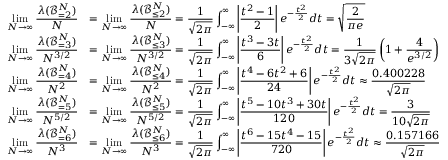
\begin{array} { r l } { \displaystyle \operatorname* { l i m } _ { N \to \infty } \frac { \boldsymbol { \lambda } ( \mathcal B _ { = 2 } ^ { N } ) } { N } } & { = \displaystyle \operatorname* { l i m } _ { N \to \infty } \frac { \boldsymbol { \lambda } ( \mathcal B _ { \le 2 } ^ { N } ) } { N } = \frac { 1 } { \sqrt { 2 \pi } } \int _ { - \infty } ^ { \infty } \left| \frac { t ^ { 2 } - 1 } { 2 } \right| e ^ { - \frac { t ^ { 2 } } { 2 } } d t = \sqrt { \frac { 2 } { \pi e } } } \\ { \displaystyle \operatorname* { l i m } _ { N \to \infty } \frac { \boldsymbol { \lambda } ( \mathcal B _ { = 3 } ^ { N } ) } { N ^ { 3 / 2 } } } & { = \displaystyle \operatorname* { l i m } _ { N \to \infty } \frac { \boldsymbol { \lambda } ( \mathcal B _ { \le 3 } ^ { N } ) } { N ^ { 3 / 2 } } = \frac { 1 } { \sqrt { 2 \pi } } \int _ { - \infty } ^ { \infty } \left| \frac { t ^ { 3 } - 3 t } { 6 } \right| e ^ { - \frac { t ^ { 2 } } { 2 } } d t = \frac { 1 } { 3 \sqrt { 2 \pi } } \left( 1 + \frac { 4 } { e ^ { 3 / 2 } } \right) } \\ { \displaystyle \operatorname* { l i m } _ { N \to \infty } \frac { \boldsymbol { \lambda } ( \mathcal B _ { = 4 } ^ { N } ) } { N ^ { 2 } } } & { = \displaystyle \operatorname* { l i m } _ { N \to \infty } \frac { \boldsymbol { \lambda } ( \mathcal B _ { \le 4 } ^ { N } ) } { N ^ { 2 } } = \frac { 1 } { \sqrt { 2 \pi } } \int _ { - \infty } ^ { \infty } \left| \frac { t ^ { 4 } - 6 t ^ { 2 } + 6 } { 2 4 } \right| e ^ { - \frac { t ^ { 2 } } { 2 } } d t \approx \frac { 0 . 4 0 0 2 2 8 } { \sqrt { 2 \pi } } } \\ { \displaystyle \operatorname* { l i m } _ { N \to \infty } \frac { \boldsymbol { \lambda } ( \mathcal B _ { = 5 } ^ { N } ) } { N ^ { 5 / 2 } } } & { = \displaystyle \operatorname* { l i m } _ { N \to \infty } \frac { \boldsymbol { \lambda } ( \mathcal B _ { \le 5 } ^ { N } ) } { N ^ { 5 / 2 } } = \frac { 1 } { \sqrt { 2 \pi } } \int _ { - \infty } ^ { \infty } \left| \frac { t ^ { 5 } - 1 0 t ^ { 3 } + 3 0 t } { 1 2 0 } \right| e ^ { - \frac { t ^ { 2 } } { 2 } } d t = \frac { 3 } { 1 0 \sqrt { 2 \pi } } } \\ { \displaystyle \operatorname* { l i m } _ { N \to \infty } \frac { \boldsymbol { \lambda } ( \mathcal B _ { = 6 } ^ { N } ) } { N ^ { 3 } } } & { = \displaystyle \operatorname* { l i m } _ { N \to \infty } \frac { \boldsymbol { \lambda } ( \mathcal B _ { \le 6 } ^ { N } ) } { N ^ { 3 } } = \frac { 1 } { \sqrt { 2 \pi } } \int _ { - \infty } ^ { \infty } \left| \frac { t ^ { 6 } - 1 5 t ^ { 4 } - 1 5 } { 7 2 0 } \right| e ^ { - \frac { t ^ { 2 } } { 2 } } d t \approx \frac { 0 . 1 5 7 1 6 6 } { \sqrt { 2 \pi } } } \end{array}